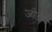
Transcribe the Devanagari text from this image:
जोङ